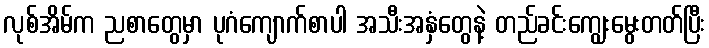
လုစ်အိမ်က ညစာတွေမှာ ပုဂံကျောက်စာပါ အသီးအနှံတွေနဲ့ တည်ခင်းကျွေးမွေးတတ်ပြီး